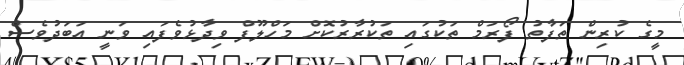
މީގެ ކުރިން ތަފާތު ފޯރަމް ތަކުގައި ތަކުރާރުކޮށް މަހްލޫފް ވިދާޅުވެފައި ވަނީ އަބަދުވެސް